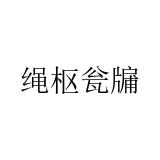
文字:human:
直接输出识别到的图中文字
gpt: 绳枢瓮牖